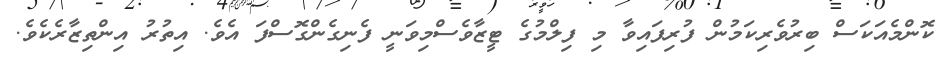
ކޮންމެއަކަސް ބިރުވެރިކަމުން ފުރިފައިވާ މި ފިލްމުގެ ޓީޒާވެސްމިވަނީ ފެނިގެންގޮސްފަ އެވެ. އިތުރު އިންތިޒާރެކެވެ.